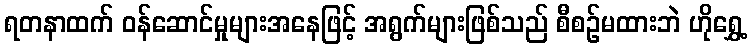
ရတနာထက် ဝန်ဆောင်မှုများအနေဖြင့် အရွက်များဖြစ်သည် စီစဉ်မထားဘဲ ဟိုရွှေ့